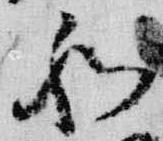
和